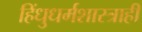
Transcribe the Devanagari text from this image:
हिंधुधर्मशास्त्राही